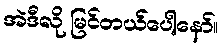
အဲဒီလို မြင်တယ်ပေါ့နော်။